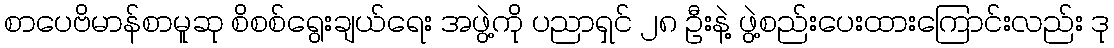
စာပေဗိမာန်စာမူဆု စိစစ်ရွေးချယ်ရေး အဖွဲ့ကို ပညာရှင် ၂၈ ဦးနဲ့ ဖွဲ့စည်းပေးထားကြောင်းလည်း ဒု